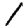
Digit: 1